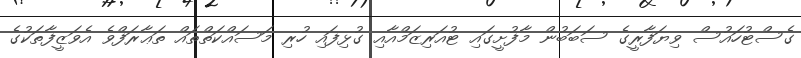
ގެސްޓުހައުސް ވިޔަފާރީގެ ސަބަބުން މާފުށީގައި ޓުއަރިޒަމްއާއި ގުޅިފައި ހުރި މަސައްކަތްތައް ތަޢާރަފްވެ އެވަޒީފާތަކުގެ